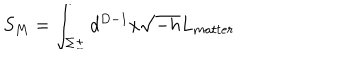
S _ { M } = \int _ { \Sigma \pm } d ^ { D - 1 } x \sqrt { - h } L _ { m a t t e r }